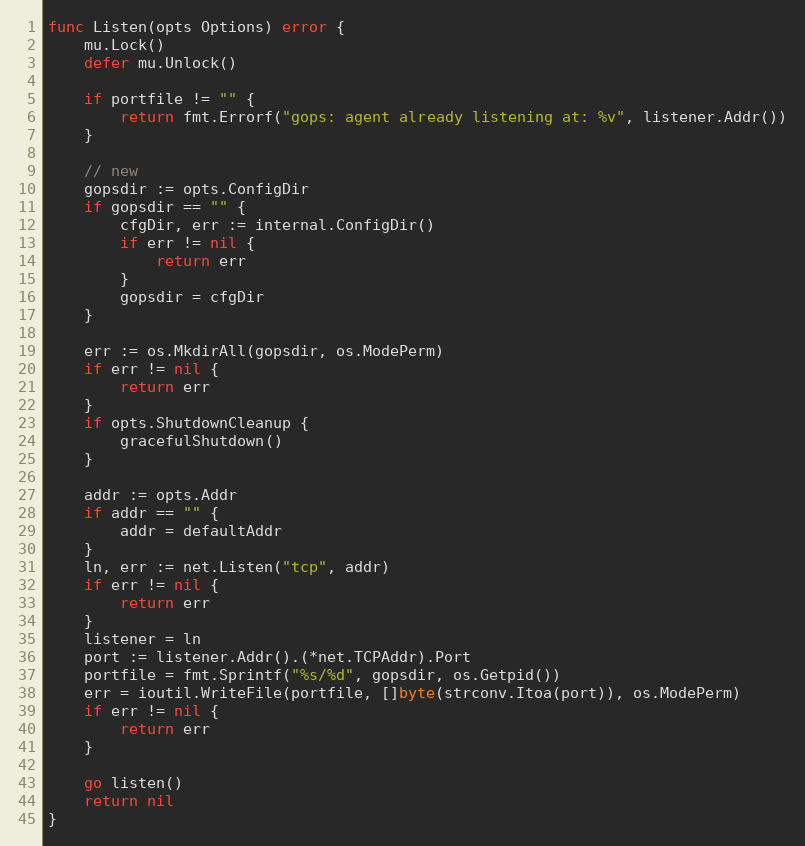
Language: Go
func Listen(opts Options) error {
	mu.Lock()
	defer mu.Unlock()

	if portfile != "" {
		return fmt.Errorf("gops: agent already listening at: %v", listener.Addr())
	}

	// new
	gopsdir := opts.ConfigDir
	if gopsdir == "" {
		cfgDir, err := internal.ConfigDir()
		if err != nil {
			return err
		}
		gopsdir = cfgDir
	}

	err := os.MkdirAll(gopsdir, os.ModePerm)
	if err != nil {
		return err
	}
	if opts.ShutdownCleanup {
		gracefulShutdown()
	}

	addr := opts.Addr
	if addr == "" {
		addr = defaultAddr
	}
	ln, err := net.Listen("tcp", addr)
	if err != nil {
		return err
	}
	listener = ln
	port := listener.Addr().(*net.TCPAddr).Port
	portfile = fmt.Sprintf("%s/%d", gopsdir, os.Getpid())
	err = ioutil.WriteFile(portfile, []byte(strconv.Itoa(port)), os.ModePerm)
	if err != nil {
		return err
	}

	go listen()
	return nil
}